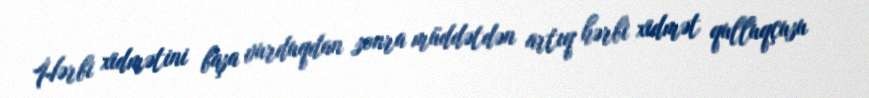
Hərbi xidmətini başa vurduqdan sonra müddətdən artıq hərbi xidmət qulluqçusu